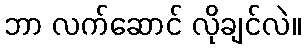
ဘာ လက်ဆောင် လိုချင်လဲ။